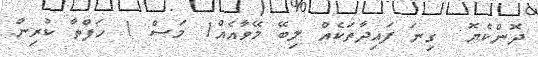
ދޮންކެޔޮ  ގިނަ ފައިދާތަކެއް ލިބޭ މޭވާއެއް1 މަސް 1 ހަފްތާ ކުރިން.